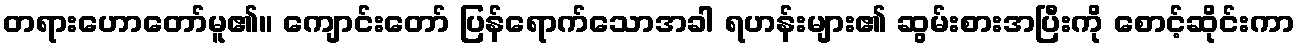
တရားဟောတော်မူ၏။ ကျောင်းတော် ပြန်ရောက်သောအခါ ရဟန်းများ၏ ဆွမ်းစားအပြီးကို စောင့်ဆိုင်းကာ